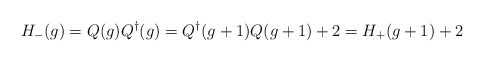
\begin{align*}H_{-}(g) = Q(g)Q^{\dagger}(g) = Q^{\dagger}(g+1)Q(g+1) + 2 =H_{+}(g+1)+2\end{align*}